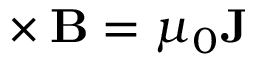
\mathbf { \nabla } \times \mathbf { B } = \mu _ { 0 } \mathbf { J }